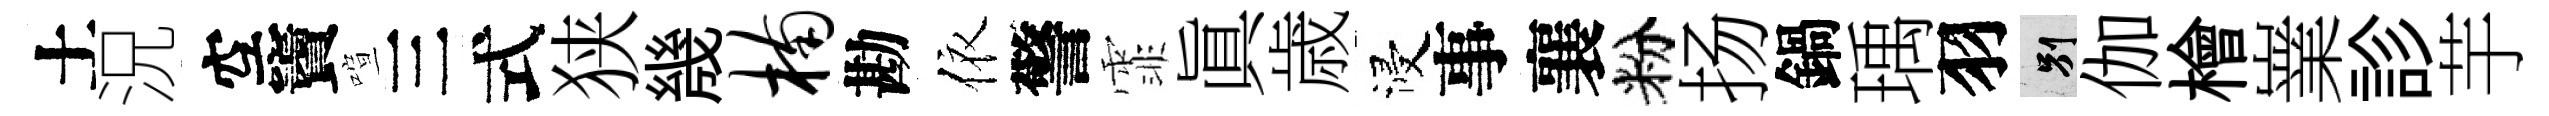
土況空竇喧三式狭㡬楠勘依警霏眞歳浸事襄粉扬鍋瑀羽别伽檜嶪診芋